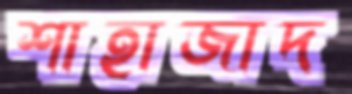
শাহাজাদ